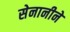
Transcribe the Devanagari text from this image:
सेनानीने